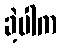
ခဲ့ပါက